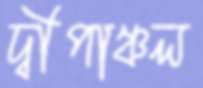
দ্বীপাঞ্চল